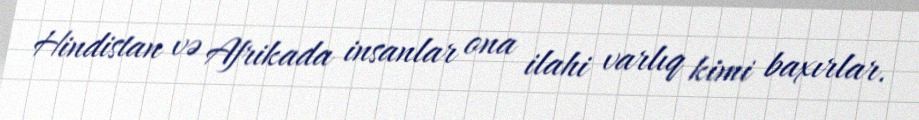
Hindistan və Afrikada insanlar ona ilahi varlıq kimi baxırlar.